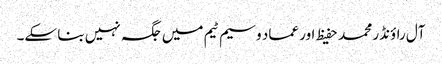
آل راؤنڈر محمد حفیظ اور عماد وسیم ٹیم میں جگہ نہیں بنا سکے۔